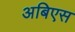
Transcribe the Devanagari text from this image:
अबिएस